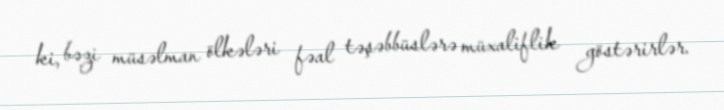
ki, bəzi müsəlman ölkələri fəal təşəbbüslərə müxaliflik göstərirlər.